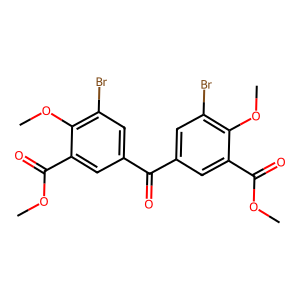
SMILES: COC(=O)c1cc(C(=O)c2cc(Br)c(OC)c(C(=O)OC)c2)cc(Br)c1OC
Inhibits HIV replication: No